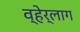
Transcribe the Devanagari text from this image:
व्हेर्लाग